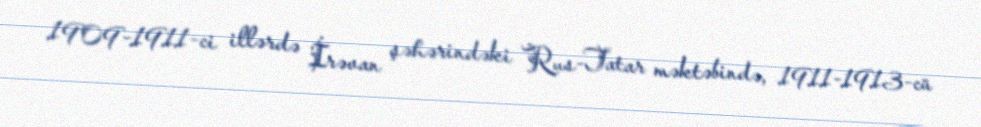
1909-1911-ci illərdə İrəvan şəhərindəki Rus-Tatar məktəbində, 1911-1913-cü